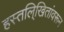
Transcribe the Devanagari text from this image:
हस्तलि्खितांवरून